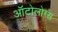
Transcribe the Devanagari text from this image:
ऑटोलोग्स